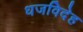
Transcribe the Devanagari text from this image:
धजविदेह